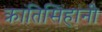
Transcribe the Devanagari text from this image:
क्रांतिसिंहांनी